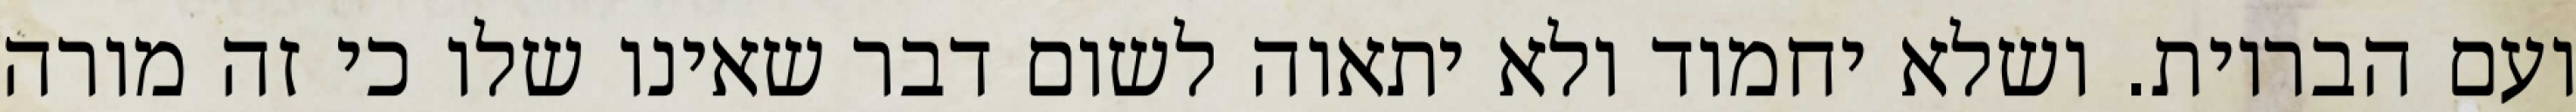
ועם הבריות. ושלא יחמוד ולא יתאוה לשום דבר שאינו שלו כי זה מורה